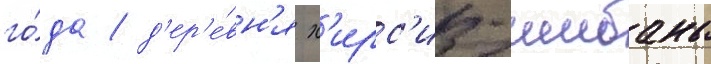
го́да / д'ер'е́вн'я х'ирс'из-шибань